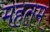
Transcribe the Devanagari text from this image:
महतम